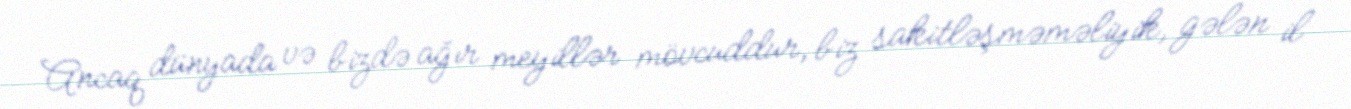
Ancaq dünyada və bizdə ağır meyillər mövcuddur, biz sakitləşməməliyik, gələn il